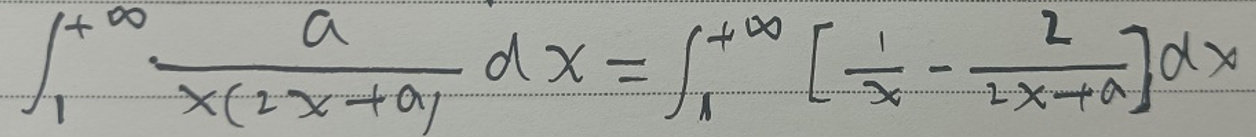
\[\int_{1}^{+\infty}\frac{a}{x(2x + a)}dx=\int_{1}^{+\infty}\left[\frac{1}{x}-\frac{2}{2x + a}\right]dx\]